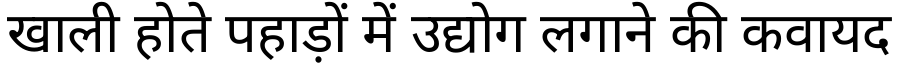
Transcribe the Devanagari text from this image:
खाली होते पहाड़ों में उद्योग लगाने की कवायद